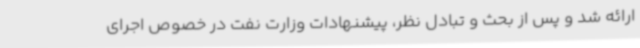
ارائه شد و پس از بحث و تبادل نظر، پیشنهادات وزارت نفت در خصوص اجرای